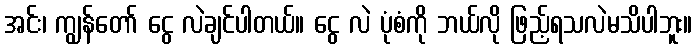
အင်း၊ ကျွန်တော် ငွေ လဲချင်ပါတယ်။ ငွေ လဲ ပုံစံကို ဘယ်လို ဖြည့်ရသလဲမသိပါဘူး။